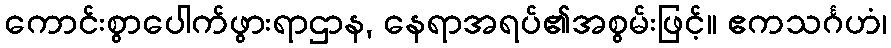
ကောင်းစွာပေါက်ဖွားရာဌာန, နေရာအရပ်၏အစွမ်းဖြင့်။ ဧကသင်္ဂဟံ၊